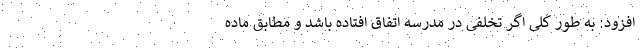
افزود: به طور کلی اگر تخلفی در مدرسه اتفاق افتاده باشد و مطابق ماده